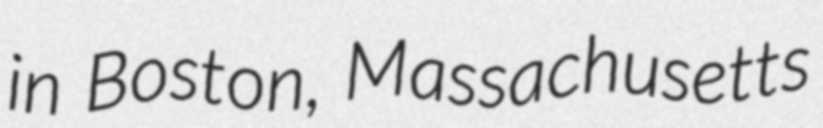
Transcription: in Boston, Massachusetts